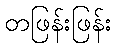
တဖြန်းဖြန်း